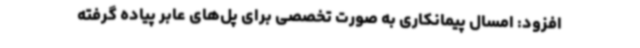
افزود: امسال پیمانکاری به صورت تخصصی برای پل‌های عابر پیاده گرفته